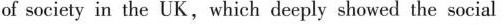
of society in the UK,which deeply showed the social